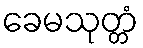
ခေမသုတ္တံ